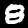
Label: 8